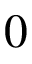
0